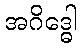
အဂိဒ္ဓေါ